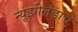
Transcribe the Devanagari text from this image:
न्यूझीलंडाचे